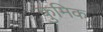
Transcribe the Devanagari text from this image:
कुमिक